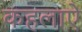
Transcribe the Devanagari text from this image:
कहलाऐ